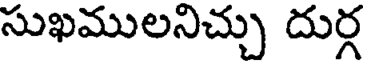
సుఖములనిచ్చు దుర్గ